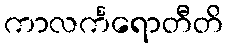
ကာလင်္ကရောတီတိ